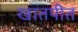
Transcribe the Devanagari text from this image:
खातपीत